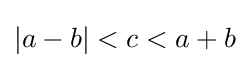
|a-b|<c<a+b